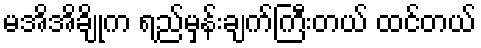
မအိအိချိုက ရည်မှန်းချက်ကြီးတယ် ထင်တယ်